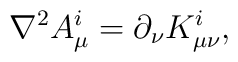
\nabla ^2A_\mu ^i=\partial _\nu K_{\mu \nu }^i,